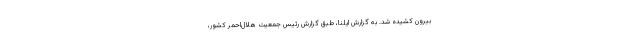
بیرون کشیده شد. به گزارش ایلنا، طبق گزارش رئیس جمعیت هلال‌احمر کشور،